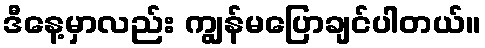
ဒီနေ့မှာလည်း ကျွန်မပြောချင်ပါတယ်။